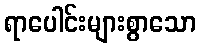
ရာပေါင်းများစွာသော